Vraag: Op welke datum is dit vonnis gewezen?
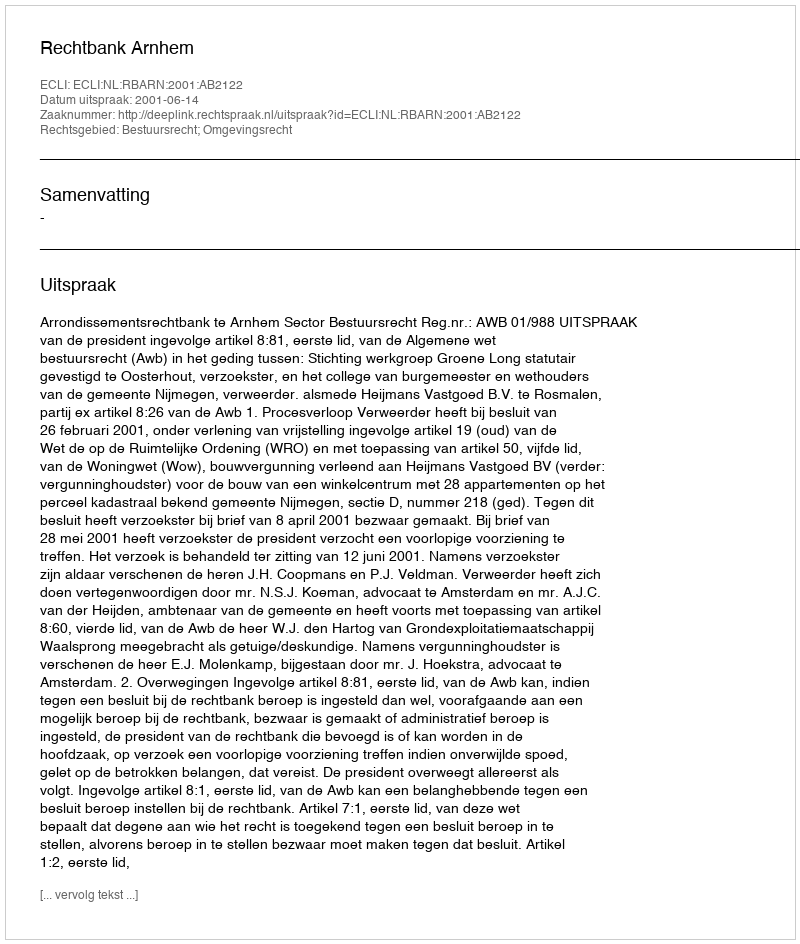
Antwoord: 2001-06-14